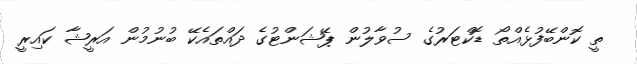
ތީ ކޮންބޭފުޅެއްތޯ ޑޮކްޓަރުގެ ސުވާލުން ޕޭޝަންޓުގެ ދައްތައެކޭ ބުނުމުން އަރީޝާ ކައިރީ